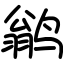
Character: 鹟